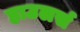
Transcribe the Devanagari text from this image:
हाउलर्स